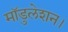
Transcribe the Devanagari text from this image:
मॉडुलेशन।